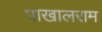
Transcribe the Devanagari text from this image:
पाखालराम